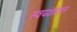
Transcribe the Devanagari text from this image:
स्वयंशासन